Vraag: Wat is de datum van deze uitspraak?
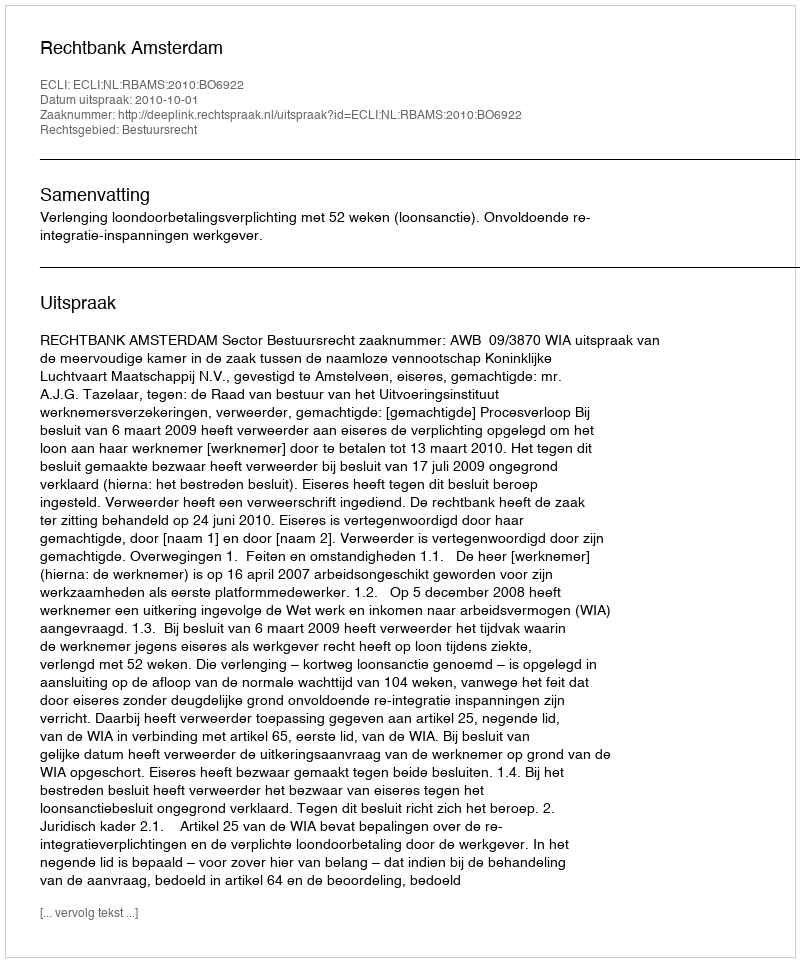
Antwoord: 2010-10-01